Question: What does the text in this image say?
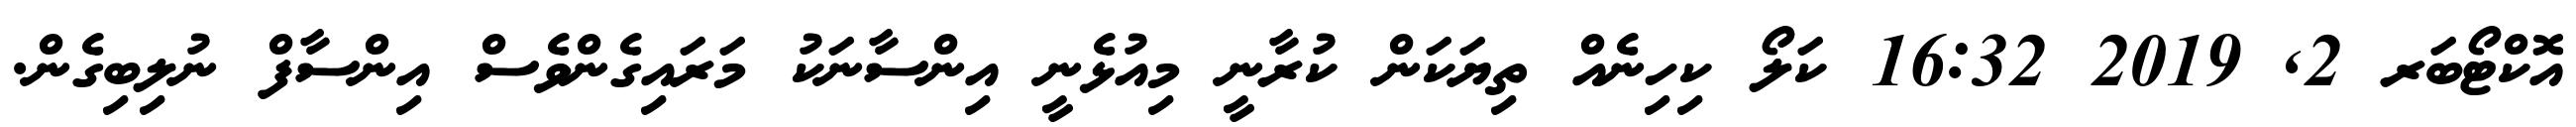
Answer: އޮކްޓޯބަރ 2, 2019 16:32 ކަލޯ ކިހިނެއް ތިޔަކަން ކުރާނީ މިއުޅެނީ އިންސާނަކު މަރައިގެންވެސް އިންސާފް ނުލިބިގެން.